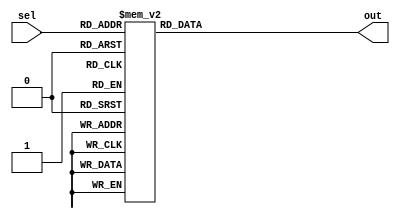
module parallel_case_statement (
    input wire [2:0] sel,
    output reg [3:0] out
);

always @*
begin
    case(sel)
        3'b000: out = 4'b0000; // Case when sel is 000
        3'b001: out = 4'b0001; // Case when sel is 001
        3'b010: out = 4'b0010; // Case when sel is 010
        3'b011: out = 4'b0011; // Case when sel is 011
        3'b100: out = 4'b0100; // Case when sel is 100
        3'b101: out = 4'b0101; // Case when sel is 101
        3'b110: out = 4'b0110; // Case when sel is 110
        3'b111: out = 4'b0111; // Case when sel is 111
    endcase
end

endmodule